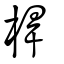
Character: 桿